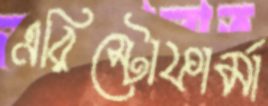
এরিস্টোফার্মা